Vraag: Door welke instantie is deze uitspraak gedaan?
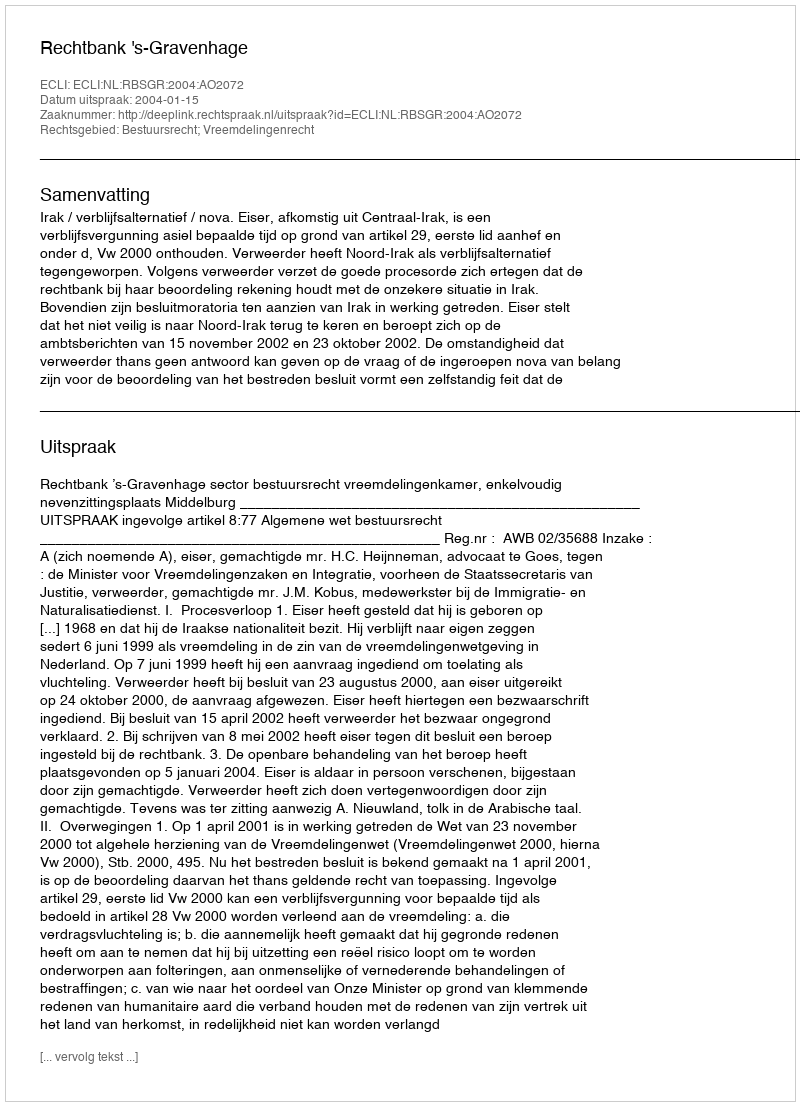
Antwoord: Rechtbank 's-Gravenhage